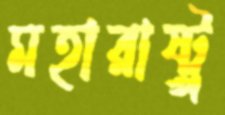
মহারাষ্ট্র্র